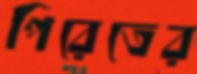
পিরেতের